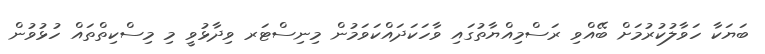
ބަޔަކާ ހަވާލުކުރުމަށް ބޭއްވި ރަސްމިއްޔާތުގައި ވާހަކަދައްކަވަމުން މިނިސްޓަރ ވިދާޅުވީ މި މިސްކިތްތައް ހުޅުވުން